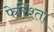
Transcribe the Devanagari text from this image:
फेरिश्ता